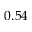
0 . 5 4